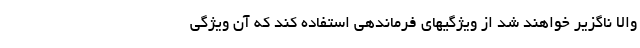
والا ناگزیر خواهند شد از ویژگیهای فرماندهی استفاده کند که آن ویژگی